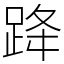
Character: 跭